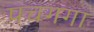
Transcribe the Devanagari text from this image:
पचगगा